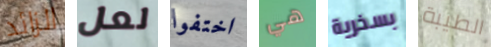
الزائد لعل اختفوا هي بسخرية الطيبة